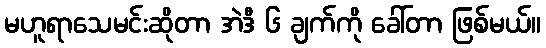
မဟူရာသေမင်းဆိုတာ အဲဒီ ၆ ချက်ကို ခေါ်တာ ဖြစ်မယ်။